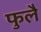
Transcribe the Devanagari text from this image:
फुलै